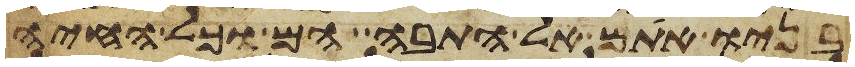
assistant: בניו אתם אל התבה הם וכל החיה